Report of the King Institute of Preventive Medicine, Guindy
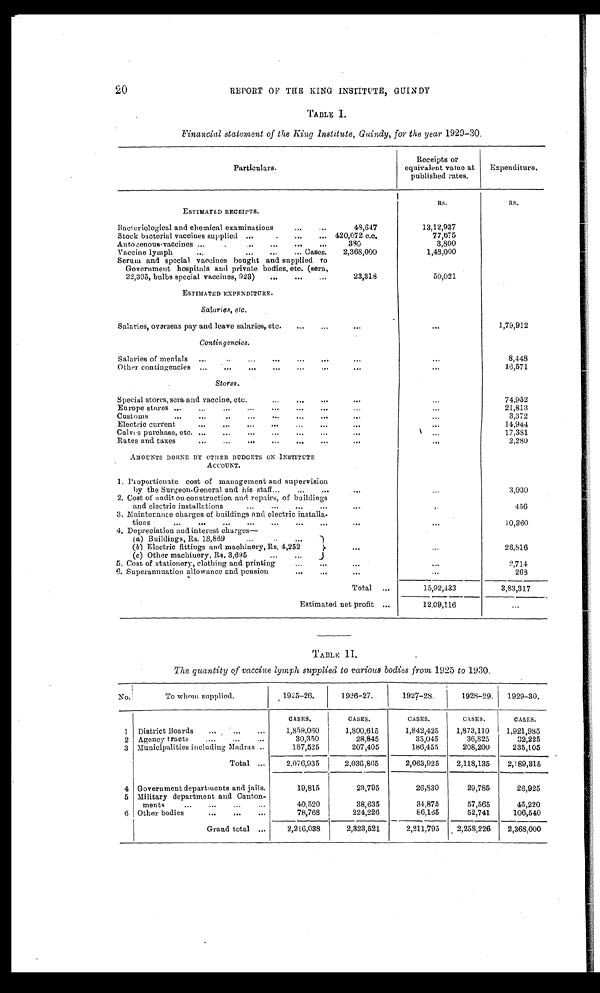
20
REPORT OF THE KING INSTITUTE, GUINDY
TABLE
Financial statement of the King Institute, Guindy, for the year 1929-30.
Particulars.
Receipts or
equivalent value at
published rates.
Expenditure.
RS.
Rs.
ESTIMATED RECEIPTS.
Bacteriological and chemical examinations
...
48,647
13,12,937
Stock bacterial vaccines supplied ......
... 420,072 c.c.
77,675
Autogenous-vaccines ...
...
...
...
380
3,800
Vaccine lymph
...
...
...
... Cases.
2,368,000
1,48,000
Serum and special vaccines bought and supplied to
Government hospitals and private bodies, etc. (sera,
22,395, bulbs special vaccines, 923)
...
...
23,318
. . .
50,021
ESTIMATED EXPENDITURE.
Salaries, etc.
Salaries, overseas pay and leave salaries, etc.
...
...
...
1,79,912
Contingencies.
Salaries of menials
...
...
... ... ...
...
...
8,448
Other contingencies ...
...
...
...
... ...
...
16,571
Stores.
Special stores, sera and vaccine, etc.
...
...
...
•••
...
74,952
Europe stores ...
...
...
...
...
...
...
21,813
Customs
...
... I
...
...
3,372
...
Electric current
...
...
•••
...
...
. . .
14,944
...
...
Calves purchase, etc. ...
...
...
...
...
. . .
17,381
Rates and taxes...
...
...
...
...
...
...
...
2,280
AMOUNTS BORNE BY OTHER BUDGETS ON INSTITUTE
ACCOUNT.
1. Proportionate cost of management and supervision
by the Surgeon-General and his staff...
...
..
. . .
3,030
2. Cost of audit on construction and repairs, of buildings
and electric installations...
...
...
...
456
3. Mainterance charges of buildings and electric installa-
tions
...
...
...
...
...
...
... ....
. . .
10,360
4. Depreciation and interest charges—
..
(a) Buildings, Rs. 18,869
...
...
(b) Electric fittings and machinery, Rs. 4,252
...
...
26,816
...
(c) Other machinery, Rs. 3,695...
5. Cost of stationery, clothing and printing
...
...
...
2,714
6. Superannuation allowance and pension
...
...
...
263
Total
...
15,92,433
3,83,317
Estimated net profit ...
12,09,116
...
TABLE I I.
The quantity of vaccine lymph supplied to various bodies from 1925 to 1930.
No.!
To whom supplied.
1925-26.
1926-27.
I 1927-28.
1928-29.
1929-30.
CASES.
CASES.
CASES.
CASES.
CASES.
1
District Boards
...
...
. . .
1,859,060
1,800,615
1,842,425
1,873,110
1,921,985
2 Agency tracts
...
...
...
30,350
28,845
35,045
36,825
32,225
3 Municipalities including Madras ..
187,525
207,405
186,455
208,200
235,105
Total ...
2,076,935 i
2,036,865
2,063,925
2,118,135
2,189,315
4 Government departments and jails.
19,815
23,795
26,830
29,785
26,925
5 Military department and Canton-
ments
...
...
...
. . .
40,520
38,635
34,875
57,565
45,220
6 Other bodies
...
...
. . .
78,768
224,226
86,165
52,741
106,540
Grand total ...
2,216,038
2,323,521
2,211,795
2,258,226
2,368,000